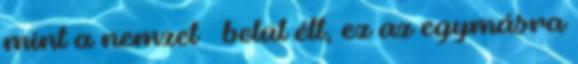
mint a nemzet – belül élt, ez az egymásra